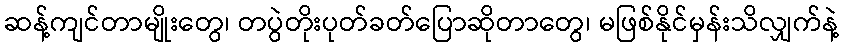
ဆန့်ကျင်တာမျိုးတွေ၊ တပွဲတိုးပုတ်ခတ်ပြောဆိုတာတွေ၊ မဖြစ်နိုင်မှန်းသိလျှက်နဲ့